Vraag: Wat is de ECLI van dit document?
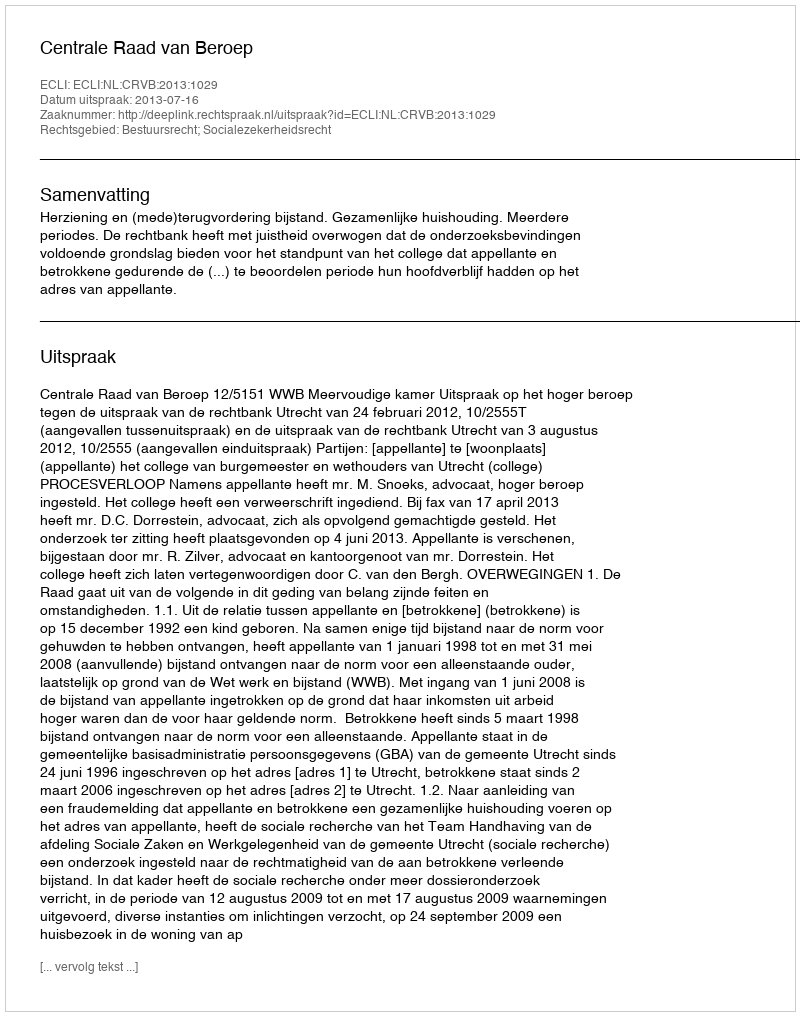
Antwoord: ECLI:NL:CRVB:2013:1029